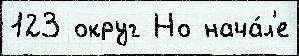
123 округ Но нача́л'е